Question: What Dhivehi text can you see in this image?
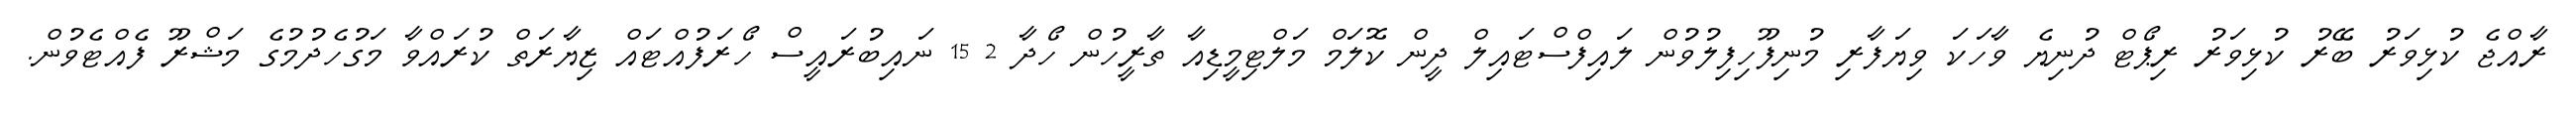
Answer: ރާއްޖެ ކުޅިވަރު ބޭރު ކުޅިވަރު ރިޕޯޓް ދުނިޔެ ވާހަކަ ވިޔަފާރި މުނިފޫހިފިލުވުން ލައިފްސްޓައިލް ދީން ކޮލަމް މަލްޓިމީޑިއާ ތާރީހުން ހޯދާ 2 15 ނައިބުރައީސް ހޯރަފުއްޓައް ޒިޔާރަތް ކުރައްވާ މަގުހެދުމުގެ މަޝްރޫ ފެއްޓެވުން.